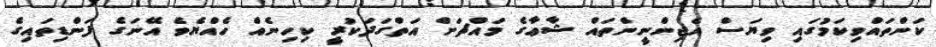
ކަންތައްވިކަމުގައި ވިޔަސް އެޖިންނީންތައް ޝާޢާގެ މައްޗަށް އަތްގަދަކުރީ ކިހިނެއް ހެއްޔެވެ އޭނަގެ ފަންޑިތައިގެ